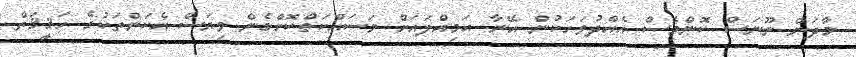
މާދަން ނޫނަސް ކޮންމެސް އެއްދުވަހަކުން އޭނާ އަމިއްލައަށް މަސައްކަތްކޮށްގެން ވިޔަސް އެކަންތަކުގެ ހަޤީޤަތް